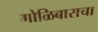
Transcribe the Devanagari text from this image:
गोळिबाराचा